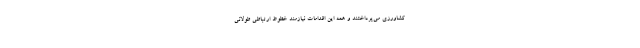
کشاورزی می‌پرداختند و همه این اقدامات نیازمند خطوط ارتباطی طولانی